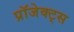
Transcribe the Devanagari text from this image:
प्रॉजेक्ट्स